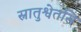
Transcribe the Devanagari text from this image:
स्नातुश्वेतसि